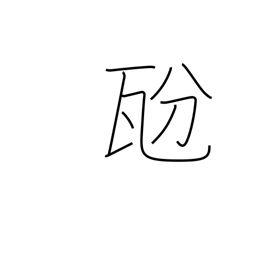
Meaning: decigram